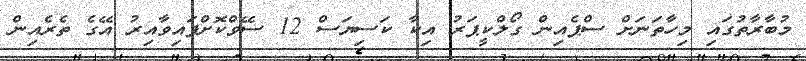
މުބާރާތުގައި މިހާތަނަށް ސްޕެއިން ގޯލްކީޕަރު އިކާ ކަސިޔަސް 12 ސޭވްކޮށްފައިވާއިރު އޭގެ ތެރެއިން